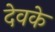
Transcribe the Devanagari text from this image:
देवके